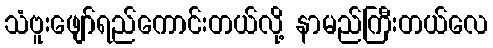
သံဗူးဖျော်ရည်ကောင်းတယ်လို့ နာမည်ကြီးတယ်လေ